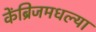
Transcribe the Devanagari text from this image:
केंब्रिजमधल्या